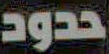
حدود